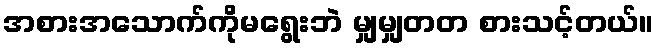
အစားအသောက်ကိုမရွေးဘဲ မျှမျှတတ စားသင့်တယ်။